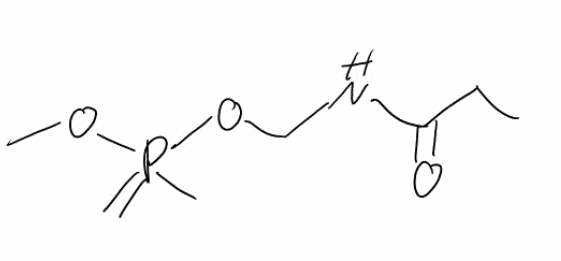
Simplified molecular-input line-entry system (SMILES) notation of the given molecule:
CCC(=O)NCOP(=C)(C)OC